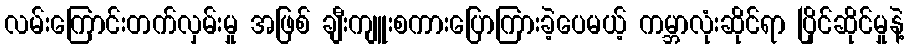
လမ်းကြောင်းတက်လှမ်းမှု အဖြစ် ချီးကျူးစကားပြောကြားခဲ့ပေမယ့် ကမ္ဘာလုံးဆိုင်ရာ ပြိုင်ဆိုင်မှုနဲ့